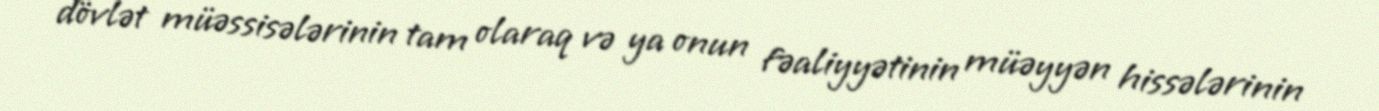
dövlət müəssisələrinin tam olaraq və ya onun fəaliyyətinin müəyyən hissələrinin